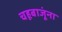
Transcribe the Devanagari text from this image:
चहूबाजूंना